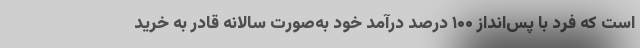
است که فرد با پس‌انداز ۱۰۰ درصد درآمد خود به‌صورت سالانه قادر به خرید